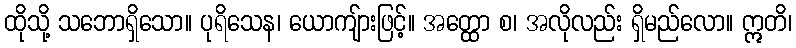
ထိုသို့ သဘောရှိသော။ ပုရိသေန၊ ယောကျ်ားဖြင့်။ အတ္ထော စ၊ အလိုလည်း ရှိမည်လော။ ဣတိ၊